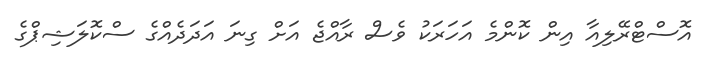
އޮސްޓްރޭލިއާ އިން ކޮންމެ އަހަރަކު ވެސް ރާއްޖެ އަށް ގިނަ އަދަދެއްގެ ސްކޮލަޝިޕްގެ